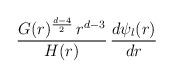
LaTeX: \begin{align*}{ G(r)^{{d-4 \over 2}} \, r^{d-3} \over H(r) }\, {d \psi_{\l}(r) \over dr}\end{align*}